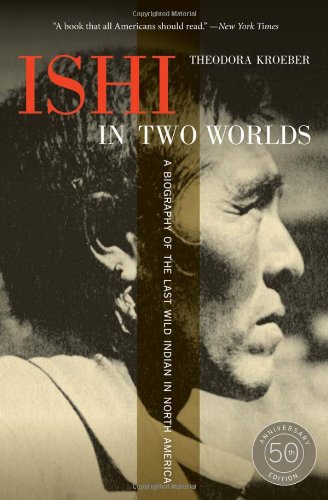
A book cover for Ishi in Two Worlds, 50th Anniversary Edition: A Biography of the Last Wild Indian in North America; Theodora Kroeber; Biographies & Memoirs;